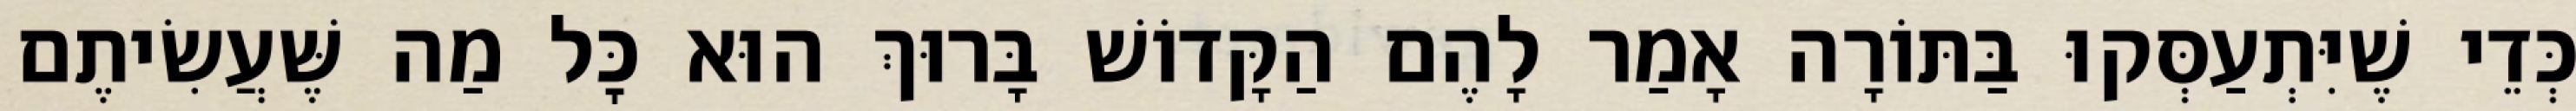
כְּדֵי שֶׁיִּתְעַסְּקוּ בַּתּוֹרָה אָמַר לָהֶם הַקָּדוֹשׁ בָּרוּךְ הוּא כׇּל מַה שֶּׁעֲשִׂיתֶם